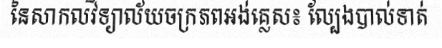
នៃសាកលវិទ្យាល័យចក្រភពអង់គ្លេស៖ ល្បែងបាល់ទាត់